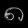
Digit: ၈